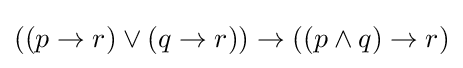
((p\rightarrow r)\lor (q\rightarrow r))\rightarrow ((p\land q)\rightarrow r)